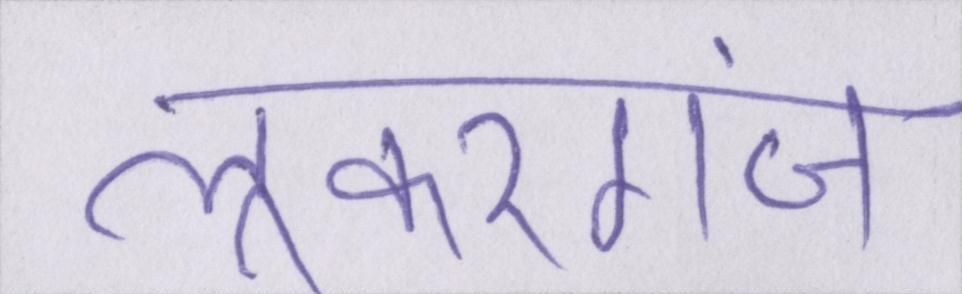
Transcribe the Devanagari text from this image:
लूकरगंज